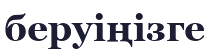
беруіңізге